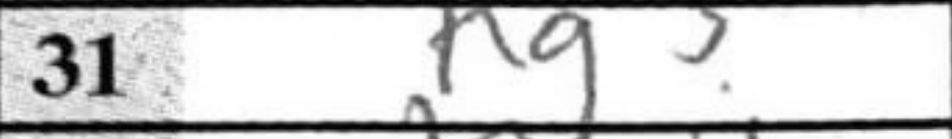
Transcription: Kg3